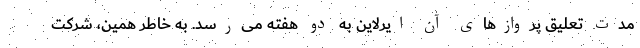
مدت تعلیق پروازهای آن ایرلاین به دو هفته می‌رسد. به خاطر همین، شرکت